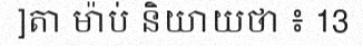
]តា ម៉ាប់ និយាយថា ៖ 13